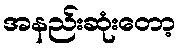
အနည်းဆုံးတော့